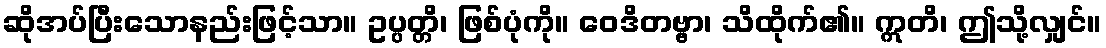
ဆိုအပ်ပြီးသောနည်းဖြင့်သာ။ ဥပ္ပတ္တိ၊ ဖြစ်ပုံကို။ ဝေဒိတဗ္ဗာ၊ သိထိုက်၏။ ဣတိ၊ ဤသို့လျှင်။